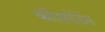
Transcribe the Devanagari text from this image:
कॉरेसपोंडेंस